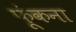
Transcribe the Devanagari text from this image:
फूंकना